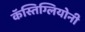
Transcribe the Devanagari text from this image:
कॅस्तिग्लियोनी